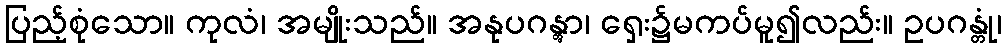
ပြည့်စုံသော။ ကုလံ၊ အမျိုးသည်။ အနုပဂန္တွာ၊ ရှေး၌မကပ်မူ၍လည်း။ ဥပဂန္တုံ၊